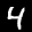
Label: 4